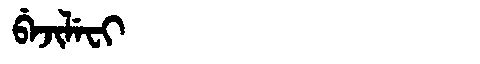
Manchu: ᠪᡝᠵᡳᠯᡝᠸᡳ
Romanization: BEJILEFI